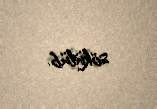
sökülüb.